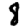
Digit: 8